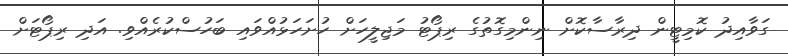
ގަވާއިދު ކޮމިޓީން ދިރާސާކޮށް ނިންމިގޮތުގެ ރިޕޯޓު މަޖިލީހަށް ހުށަހަޅުއްވައި ބަހުސްކުރެއްވި. އަދި ރިޕޯޓަށް